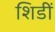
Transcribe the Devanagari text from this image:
शिडीं